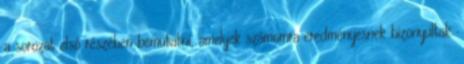
a sorozat első részében bemutatni, amelyek számomra eredményesnek bizonyultak.